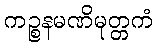
ကဉ္စနမဏိမုတ္တကံ